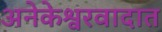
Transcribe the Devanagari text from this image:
अनेकेश्वरवादात